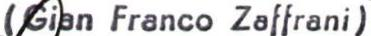
(Gian Franco Zaffrani)